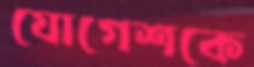
যোগেশকে